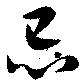
忌